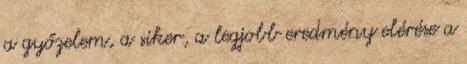
a győzelem, a siker, a legjobb eredmény elérése a